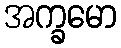
အက္ခမော